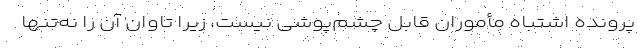
پرونده اشتباه مأموران قابل چشم‌پوشی نیست، زیرا تاوان آن را نه‌تنها